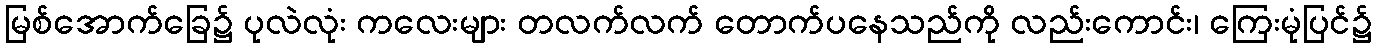
မြစ်အောက်ခြေ၌ ပုလဲလုံး ကလေးများ တလက်လက် တောက်ပနေသည်ကို လည်းကောင်း၊ ကြေးမုံပြင်၌